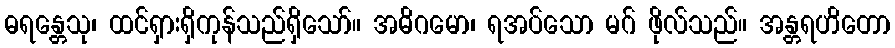
ဓရန္တေသု၊ ထင်ရှားရှိကုန်သည်ရှိသော်။ အဓိဂမော၊ ရအပ်သော မဂ် ဖိုလ်သည်။ အန္တရဟိတော